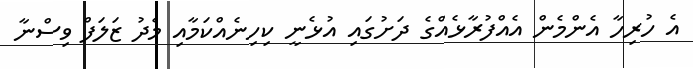
އެ ހުރިހާ އެންމެން އެއްފުރާޅެއްގެ ދަށުގައި އުޅެނީ ކިހިނެއްކަމާއި މެދު ޒަލަފް ވިސްނާ